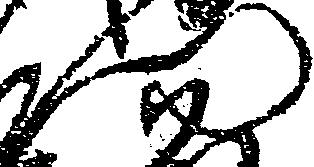
門